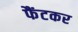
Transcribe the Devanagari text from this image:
फैंटकर